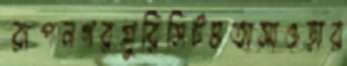
রূপনগরপ্লুরিসিটমতাসাওড়ার